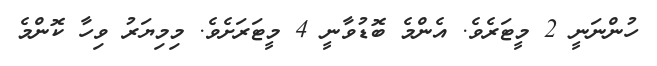
ހުންނަނީ 2 މީޓަރެވެ. އެންމެ ބޮޑުވާނީ 4 މީޓަރަށެވެ. މިމިޔަރު ވިހާ ކޮންމެ